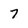
Character: 7